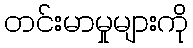
တင်းမာမှုများကို